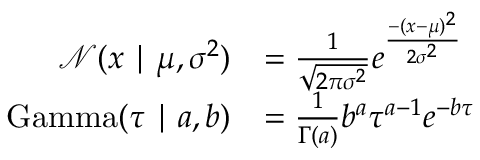
{ \begin{array} { r l } { { \mathcal { N } } ( x \mid \mu , \sigma ^ { 2 } ) } & { = { \frac { 1 } { \sqrt { 2 \pi \sigma ^ { 2 } } } } e ^ { \frac { - ( x - \mu ) ^ { 2 } } { 2 \sigma ^ { 2 } } } } \\ { \operatorname { G a m m a } ( \tau \mid a , b ) } & { = { \frac { 1 } { \Gamma ( a ) } } b ^ { a } \tau ^ { a - 1 } e ^ { - b \tau } } \end{array} }